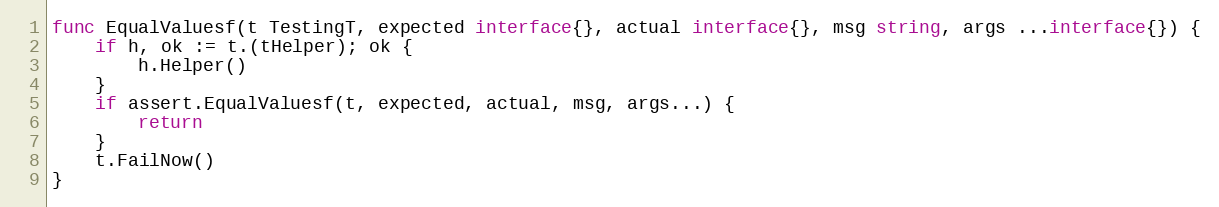
Language: Go
func EqualValuesf(t TestingT, expected interface{}, actual interface{}, msg string, args ...interface{}) {
	if h, ok := t.(tHelper); ok {
		h.Helper()
	}
	if assert.EqualValuesf(t, expected, actual, msg, args...) {
		return
	}
	t.FailNow()
}